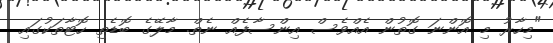
"މިހާރު މި އޮންނަ ގޮތުން އެއްވެސް އިންސާފެއް ނެތް. މާލޭގެ ބޮޑެތި ހޮޓާތަކުގައި